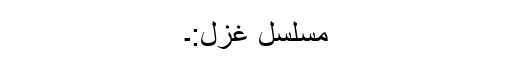
مسلسل غزل:۔